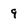
Character: 9